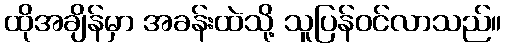
ထိုအချိန်မှာ အခန်းထဲသို့ သူပြန်ဝင်လာသည်။